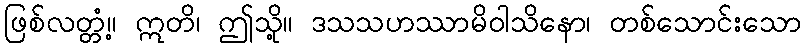
ဖြစ်လတ္တံ့။ ဣတိ၊ ဤသို့။ ဒသသဟဿာမိဝါသိနော၊ တစ်သောင်းသော